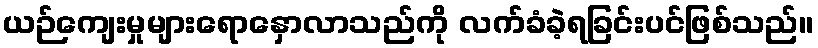
ယဉ်ကျေးမှုများရောနှောလာသည်ကို လက်ခံခဲ့ရခြင်းပင်ဖြစ်သည်။